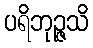
ပရိဘုဉ္ဇသိ